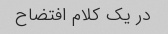
در یک کلام افتضاح